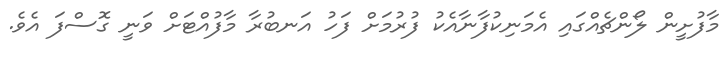
މާފުށީން ލޯންޗެއްގައި އެމަނިކުފާނާއެކު ފުރުމަށް ފަހު އަނބުރާ މާފުއްޓަށް ވަނީ ގޮސްފަ އެވެ.